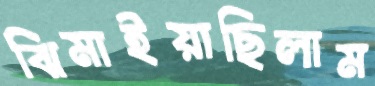
ঝিমাইয়াছিলাম